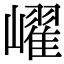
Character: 𡽢